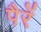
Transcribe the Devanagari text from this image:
पैरें